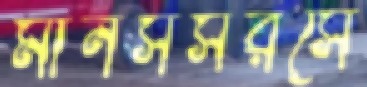
মানসসরসে